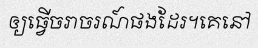
ឲ្យធ្វើចរាចរណ៍ផងដែរ។គេនៅ